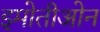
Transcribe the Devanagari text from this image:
इमोतीओन